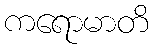
ကရောမာတိ